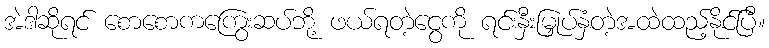
အဲဒါဆိုရင် စောစောကကြွေးဆပ်ဘို့ ဖယ်ရတဲ့ငွေကို ရင်းနှီးမြှုပ်နှံတဲ့အထဲထည့်နိုင်ပြီ။